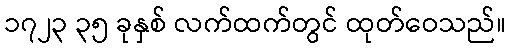
၁၇၂၃ ၃၅ ခုနှစ် လက်ထက်တွင် ထုတ်ဝေသည်။